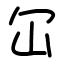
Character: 冚